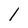
Character: l